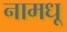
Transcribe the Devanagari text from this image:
नामधू